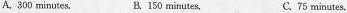
A. 300 minutes.